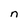
Character: n